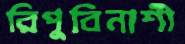
রিপুবিনাশী